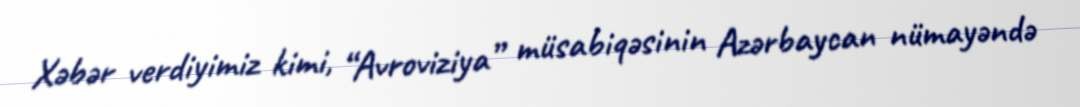
Xəbər verdiyimiz kimi, “Avroviziya” müsabiqəsinin Azərbaycan nümayəndə